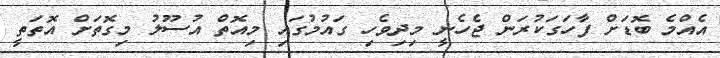
އެއްމެ ބޮޑަށް ފާހަގަކުރަން ޖެހެނީ މިދިވެހި ގައުމުގައި މިއޮތް އުސޫލު މިގޮތަށް އޮތަތީ